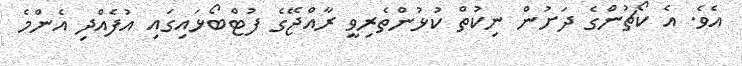
އެވެ. އެ ކޯޗުންގެ ދަށުން ނިކުތް ކުޅުންތެރިވީ ރާއްޖޭގެ ފުޓްބޯޅައިގައި އުފެއްދި އެންމެ